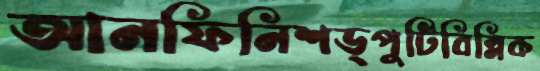
আনফিনিশড্পুটিবিন্নিক